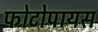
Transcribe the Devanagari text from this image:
फोटोपायस